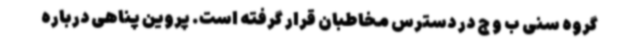
گروه سنی ب و ج در دسترس مخاطبان قرار گرفته است. پروین پناهی درباره